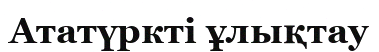
Ататүркті ұлықтау